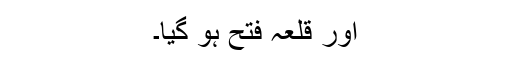
اور قلعہ فتح ہو گیا۔